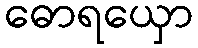
ဓောရယှော